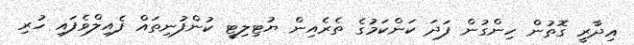
އިދާރީ ގޮތުން ހިންގުން ފަދަ ކަންކަމުގެ ތެރެއިން ޔުޓިލިޓީ ކުންފުނިތައް ފެއިލްވެފައި ހުރި